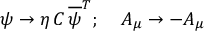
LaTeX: \psi \rightarrow \eta \, C \, \overline { { { \psi } } } ^ { T } ; \; \; \; \; A _ { \mu } \rightarrow - A _ { \mu }